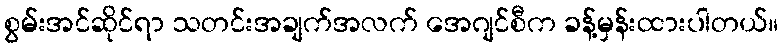
စွမ်းအင်ဆိုင်ရာ သတင်းအချက်အလက် အေဂျင်စီက ခန့်မှန်းထားပါတယ်။